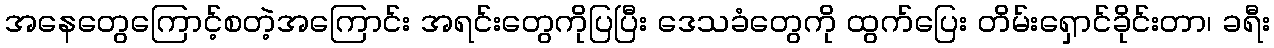
အနေတွေကြောင့်စတဲ့အကြောင်း အရင်းတွေကိုပြပြီး ဒေသခံတွေကို ထွက်ပြေး တိမ်းရှောင်ခိုင်းတာ၊ ခရီး